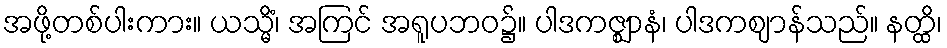
အဖို့တစ်ပါးကား။ ယသ္မိံ၊ အကြင် အရူပဘဝ၌။ ပါဒကဇ္ဈာနံ၊ ပါဒကဈာန်သည်။ နတ္ထိ၊